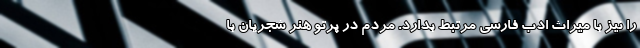
را نیز با میراث ادب فارسی مرتبط بدارد. مردم در پرتو هنر شجریان با